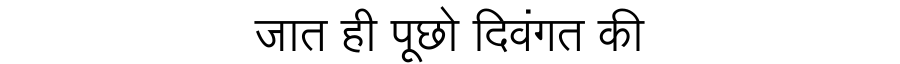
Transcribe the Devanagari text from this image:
जात ही पूछो दिवंगत की